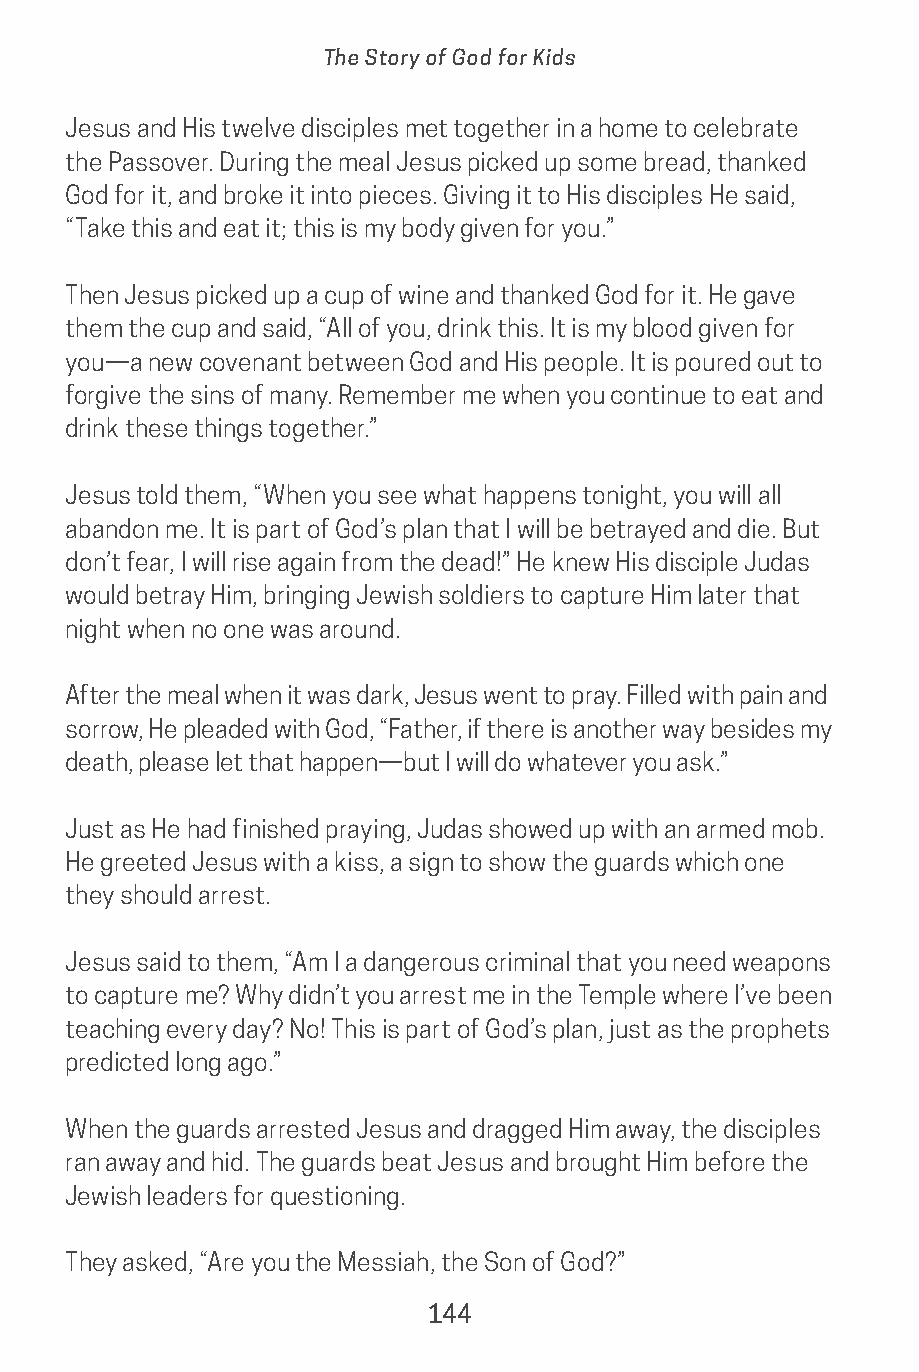
The Story of God for Kids
 Jesus and His twelve disciples met together in a home to celebrate
 the Passover. During the meal Jesus picked up some bread, thanked
 God for it, and broke it into pieces. Giving it to His disciples He said,
 “Take this and eat it; this is my body given for you.”
 Then Jesus picked up a cup of wine and thanked God for it. He gave
 them the cup and said, “All of you, drink this. It is my blood given for
 you—a new covenant between God and His people. It is poured out to
 forgive the sins of many. Remember me when you continue to eat and
 drink these things together.”
 Jesus told them, “When you see what happens tonight, you will all
 abandon me. It is part of God’s plan that I will be betrayed and die. But
 don’t fear, I will rise again from the dead!” He knew His disciple Judas
 would betray Him, bringing Jewish soldiers to capture Him later that
 night when no one was around.
 After the meal when it was dark, Jesus went to pray. Filled with pain and
 sorrow, He pleaded with God, “Father, if there is another way besides my
 death, please let that happen—but I will do whatever you ask.”
 Just as He had finished praying, Judas showed up with an armed mob.
 He greeted Jesus with a kiss, a sign to show the guards which one
 they should arrest.
 Jesus said to them, “Am I a dangerous criminal that you need weapons
 to capture me? Why didn’t you arrest me in the Temple where I’ve been
 teaching every day? No! This is part of God’s plan, just as the prophets
 predicted long ago.”
 When the guards arrested Jesus and dragged Him away, the disciples
 ran away and hid. The guards beat Jesus and brought Him before the
 Jewish leaders for questioning.
 They asked, “Are you the Messiah, the Son of God?”
 144
 saturate-story_of_god_kids-2.indd 144             8/10/17 10:11 PM